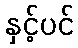
နှင့်ပင်